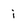
Character: i